Report of the Municipal Commissioner on the plague in Bombay for the year ending 31st May... - Volume 1
Disease focus: Plague
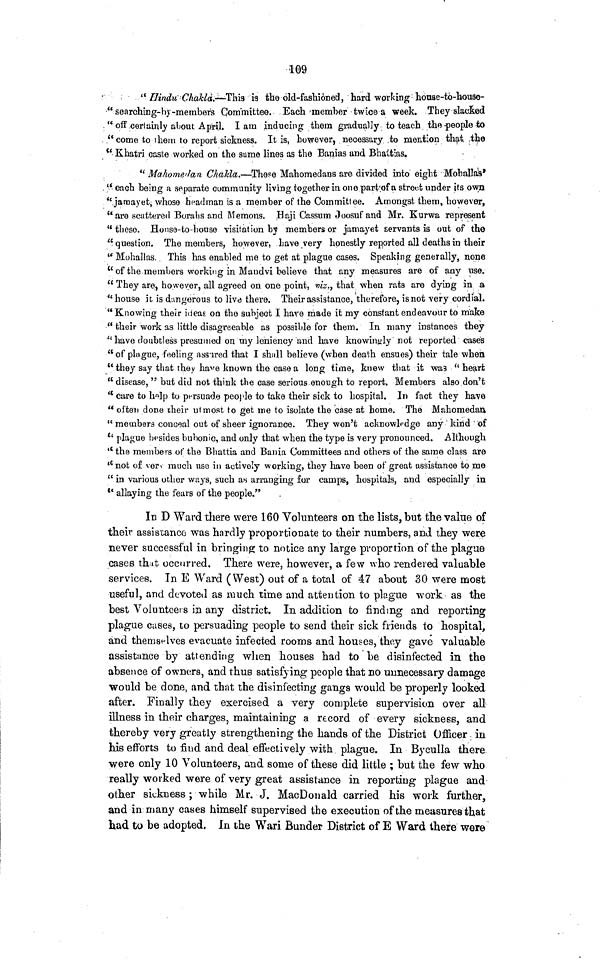
109
" Hindu' Chakla.—This is the old-fashioned, hard working houae-to-house-
" searching- by -members Committee. Each-member twice a week. They slacked
" off certainly about April. I am inducing them gradually to teach the people to
" come to them to report sickness. It is, however, necessary to mention that the
" Khatri caste worked on the same lines as the Banias and Bhattias.
" Mahometan Chakla.—These Mahomedans are divided into eight Mohallas'
" each being a separate community living together in one part of a street under its own
" jaraayet, whose headman is a member of the Committee. Amongst, them, however,
" are scattered Borahs and Mentions. Haji Cassum Joosufand Mr. Kurwa represent
"these. Honse-to-house visitation by members or jamayet servants is out of the
" question. The members, however, Lave very honestly reported all deaths in their
" Mohallas. This has enabled me to get at plague cases. Speaking generally, none
" of the members working in Maudvi believe that any measures are of any use.
" They are, however, all agreed on one point, viz., that when rats are dying in a
" house it is dangerous to live there. Their assistance, therefore, isnot very cordial.
"Knowing their ideas on the subject I hare made it my constant endeavour to make
" their work as little disagreeable as possible for them. In many instances they
"have doubtless presumed on my leniency and have knowinyly not reported cases
"of plague, feeling assured that I shall believe (when death ensues) their tale when
" they say that they have known the case a long time, knew that it was " heart
" disease, " but did not think the case serious enough to report. Members also don't
" care to help to persuade people to take their sick to hospital. In fact they have
"often done their utmost to get me to isolate the case at home. The Mahomedan,
" members conceal out of sheer ignorance. They won't acknowledge any kind of
" plague besides bubonic, and only that when the type is very pronounced. Although
" the members of the Bhattia and Bania Committees and others of the same class are
"not of very much use in actively working, they have been of great assistance to me
" in various other ways, such as arranging for camps, hospitals, and especially in
" allaying the fears of the people."
In D Ward there were 160 Volunteers on the lists, but the value of
their assistance was hardly proportionate to their numbers, and they were
never successful in bringing to notice any large proportion of the plague
cases that occurred. There were, however, a few who rendered valuable
services. In E Ward (West) out of a total of 47 about 30 were most
useful, and devoted as much time and attention to plague work as the
best Volunteers in any district. In addition to finding and reporting
plague cases, to persuading people to send their sick friends to hospital,
and themselves evacuate infected rooms and houses, they gave valuable
assistance by attending when houses had to be disinfected in the
absence of owners, and thus satisfying people that no unnecessary damage
would be done, and that the disinfecting gangs would be properly looked
after. Finally they exercised a very complete supervision over all
illness in their charges, maintaining a record of every sickness, and
thereby very greatly strengthening the hands of the District Officer in
his efforts to find and deal effectively with plague. In Byculla there
were only 10 Volunteers, and some of these did little ; but the few who
really worked were of very great assistance in reporting plague and
other sickness ; while Mr. J. MacDonald carried his work further,
and in many cases himself supervised the execution of the measures that
had to be adopted. In the Wari Bunder District of E Ward there were